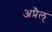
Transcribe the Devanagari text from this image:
अप्रैल्